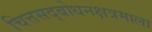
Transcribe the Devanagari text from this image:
चित्तसद्बोधनक्षत्रमाला